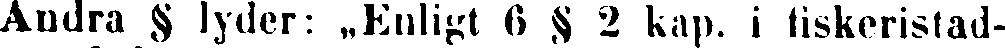
Andra § lyder: „Enligt 6 § 2 kap. i fiskeristad-